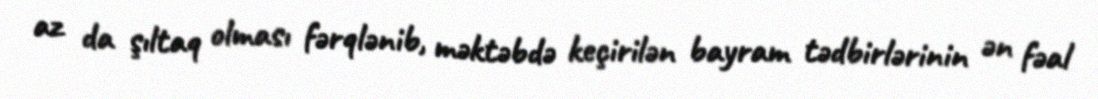
az da şıltaq olması fərqlənib, məktəbdə keçirilən bayram tədbirlərinin ən fəal